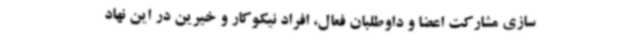
سازی مشارکت اعضا و داوطلبان فعال، افراد نیکوکار و خیرین در این نهاد